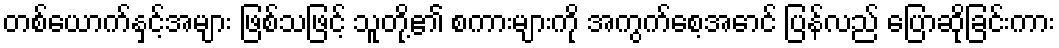
တစ်ယောက်နှင့်အများ ဖြစ်သဖြင့် သူတို့၏ စကားများကို အကွက်စေ့အောင် ပြန်လည် ပြောဆိုခြင်းကား